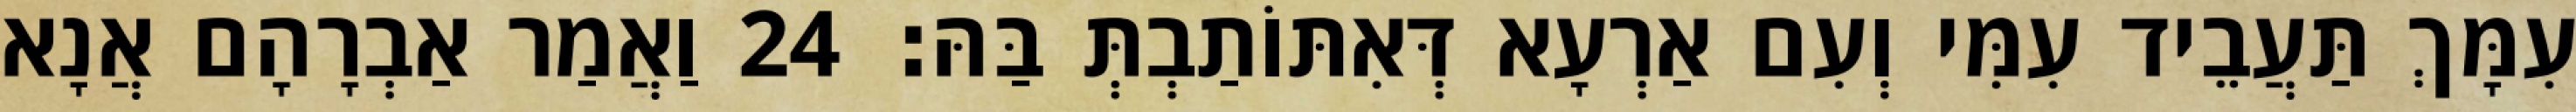
עִמָּךְ תַּעֲבֵיד עִמִּי וְעִם אַרְעָא דְּאִתּוֹתַבְתְּ בַּהּ׃ 24 וַאֲמַר אַבְרָהָם אֲנָא